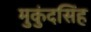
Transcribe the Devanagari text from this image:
मुकुंदसिंह